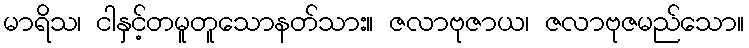
မာရိသ၊ ငါနှင့်တမူတူသောနတ်သား။ ဇလာဗုဇာယ၊ ဇလာဗုဇမည်သော။